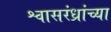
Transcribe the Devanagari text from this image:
श्वासरंध्रांच्या